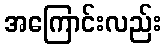
အကြောင်းလည်း